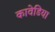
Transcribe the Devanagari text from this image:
कावेडिया